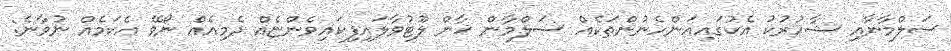
ސަލްމާނާއި ޝާހުރުކު އެކުގައިއަންހެނުންތަކެއް ސަލްމާން ޚާން ލޫޓުވާލައިފިކައިވެންޏެއް ދެމިއެއް ނޯވޭ އެކަމެއް ނުވާނެ: